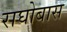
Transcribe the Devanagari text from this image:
राघोबास